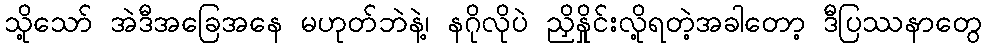
သို့သော် အဲဒီအခြေအနေ မဟုတ်ဘဲနဲ့၊ နဂိုလိုပဲ ညှိနှိုင်းလို့ရတဲ့အခါတော့ ဒီပြဿနာတွေ